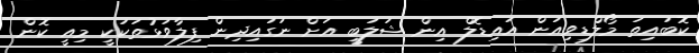
ކޮބައިތަ މޯލްޑިވިއަން އައިޑޮލް އިން ޝަލަބީ އަށް ނަގައިދިން ފިލާވަޅުތަކަކީ މިއީ ކޮން